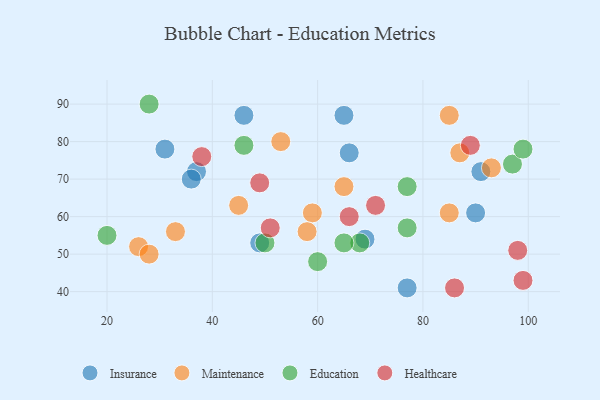
{"axis": {"x": "GDP", "y": "Life Expectancy"}, "legend": ["Education", "Healthcare", "Insurance", "Maintenance"], "data": [{"x": "37", "y": 72, "type": "Insurance"}, {"x": "46", "y": 87, "type": "Insurance"}, {"x": "90", "y": 61, "type": "Insurance"}, {"x": "77", "y": 41, "type": "Insurance"}, {"x": "91", "y": 72, "type": "Insurance"}, {"x": "49", "y": 53, "type": "Insurance"}, {"x": "66", "y": 77, "type": "Insurance"}, {"x": "31", "y": 78, "type": "Insurance"}, {"x": "69", "y": 54, "type": "Insurance"}, {"x": "65", "y": 87, "type": "Insurance"}, {"x": "36", "y": 70, "type": "Insurance"}, {"x": "59", "y": 61, "type": "Maintenance"}, {"x": "26", "y": 52, "type": "Maintenance"}, {"x": "65", "y": 68, "type": "Maintenance"}, {"x": "28", "y": 50, "type": "Maintenance"}, {"x": "93", "y": 73, "type": "Maintenance"}, {"x": "87", "y": 77, "type": "Maintenance"}, {"x": "53", "y": 80, "type": "Maintenance"}, {"x": "58", "y": 56, "type": "Maintenance"}, {"x": "85", "y": 61, "type": "Maintenance"}, {"x": "85", "y": 87, "type": "Maintenance"}, {"x": "33", "y": 56, "type": "Maintenance"}, {"x": "45", "y": 63, "type": "Maintenance"}, {"x": "28", "y": 90, "type": "Education"}, {"x": "20", "y": 55, "type": "Education"}, {"x": "97", "y": 74, "type": "Education"}, {"x": "99", "y": 78, "type": "Education"}, {"x": "50", "y": 53, "type": "Education"}, {"x": "60", "y": 48, "type": "Education"}, {"x": "46", "y": 79, "type": "Education"}, {"x": "77", "y": 68, "type": "Education"}, {"x": "68", "y": 53, "type": "Education"}, {"x": "65", "y": 53, "type": "Education"}, {"x": "77", "y": 57, "type": "Education"}, {"x": "98", "y": 51, "type": "Healthcare"}, {"x": "89", "y": 79, "type": "Healthcare"}, {"x": "49", "y": 69, "type": "Healthcare"}, {"x": "86", "y": 41, "type": "Healthcare"}, {"x": "66", "y": 60, "type": "Healthcare"}, {"x": "99", "y": 43, "type": "Healthcare"}, {"x": "71", "y": 63, "type": "Healthcare"}, {"x": "51", "y": 57, "type": "Healthcare"}, {"x": "38", "y": 76, "type": "Healthcare"}]}